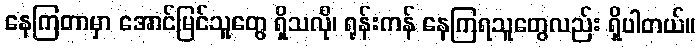
နေကြတာမှာ အောင်မြင်သူတွေ ရှိသလို၊ ရုန်းကန် နေကြရသူတွေလည်း ရှိပါတယ်။